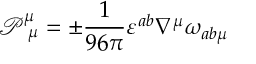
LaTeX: \mathcal { P } _ { \ \mu } ^ { \mu } = \pm \frac { 1 } { 9 6 \pi } \varepsilon ^ { a b } \nabla ^ { \mu } \omega _ { a b \mu }